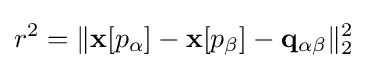
r^{2}=\|\mathbf {x} [p_{\alpha }]-\mathbf {x} [p_{\beta }]-\mathbf {q} _{\alpha \beta }\|_{2}^{2}